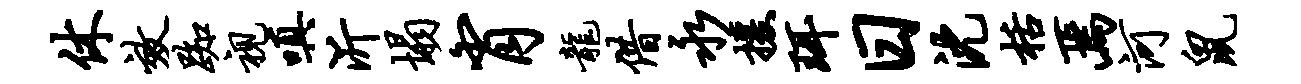
休效踟视嗔沂塌肖龙借永援珥日沈栝焉河鼠